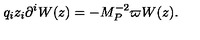
q _ { i } z _ { i } \partial ^ { i } W ( z ) = - M _ { P } ^ { - 2 } \varpi W ( z ) .